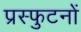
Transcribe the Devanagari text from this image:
प्रस्फुटनों